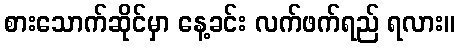
စားသောက်ဆိုင်မှာ နေ့ခင်း လက်ဖက်ရည် ရလား။